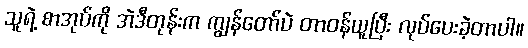
သူရဲ့ စာအုပ်ကို အဲဒီတုန်းက ကျွန်တော်ပဲ တာဝန်ယူပြီး လုပ်ပေးခဲ့တာပါ။